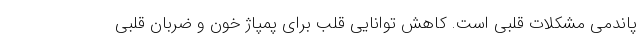
پاندمی مشکلات قلبی است. کاهش توانایی قلب برای پمپاژ خون و ضربان قلبی